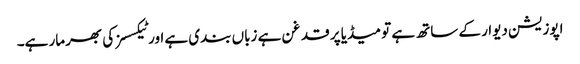
اپوزیشن دیوار کے ساتھ ہے تو میڈیا پر قدغن ہے زباں بندی ہے اور ٹیکسسز کی بھرمار ہے۔